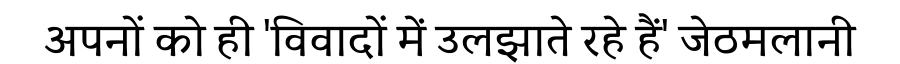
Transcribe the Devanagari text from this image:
अपनों को ही 'विवादों में उलझाते रहे हैं' जेठमलानी